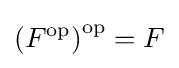
\left(F^{\mathrm {op} }\right)^{\mathrm {op} }=F